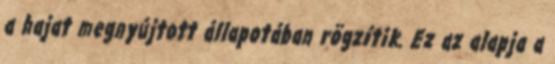
a hajat megnyújtott állapotában rögzítik. Ez az alapja a